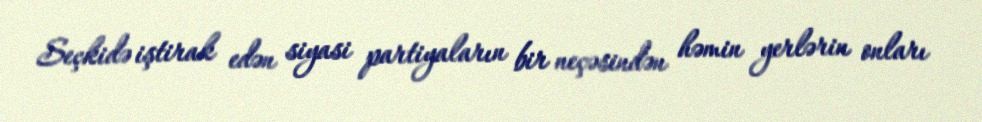
Seçkidə iştirak edən siyasi partiyaların bir neçəsindən həmin yerlərin onları